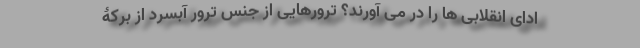
ادای انقلابی ها را در می آورند؟ ترورهایی از جنس ترور آبسرد از برکۀ